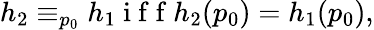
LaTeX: \begin{array}{r}{h_{2}\equiv_{p_{0}}h_{1}\mathrm{~i~f~f~}h_{2}(p_{0})=h_{1}(p_{0}),}\end{array}